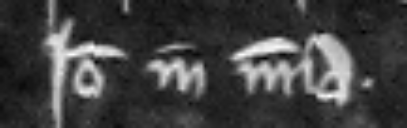
Ideo in misericordia.